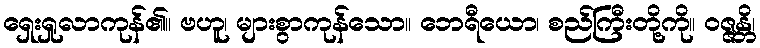
ရှေးရှုလာကုန်၏။ ဗဟူ၊ များစွာကုန်သော။ ဘေရီယော၊ စည်ကြီးတို့ကို။ ဝဇ္ဇန္တိ၊